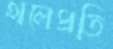
থলেপ্রতি